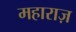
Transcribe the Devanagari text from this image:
महाराज़